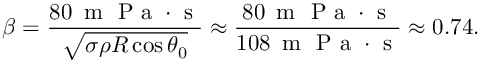
\beta = \frac { 8 0 \, \mathrm { ~ m ~ } \mathrm { ~ P ~ a ~ } \cdot \mathrm { ~ s ~ } } { \sqrt { \sigma \rho R \cos \theta _ { 0 } } } \approx \frac { 8 0 \, \mathrm { ~ m ~ } \mathrm { ~ P ~ a ~ } \cdot \mathrm { ~ s ~ } } { 1 0 8 \, \mathrm { ~ m ~ } \mathrm { ~ P ~ a ~ } \cdot \mathrm { ~ s ~ } } \approx 0 . 7 4 .